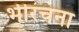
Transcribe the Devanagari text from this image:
भीरचना